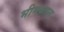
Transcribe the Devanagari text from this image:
भीमकान्त